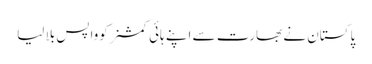
پاکستان نے بھارت سے اپنے ہائی کمشنر کوواپس بلا لیا